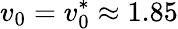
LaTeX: v_{0}=v_{0}^{*}\approx 1.85